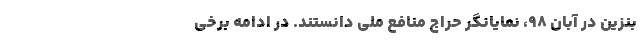
بنزین در آبان ۹۸، نمایانگر حراج منافع ملی دانستند. در ادامه برخی